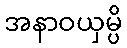
အနာဝယှမ္ပိ